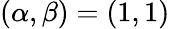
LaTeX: (\alpha,\beta)=(1,1)